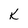
Character: K